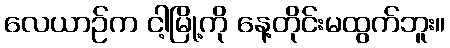
လေယာဉ်က ငါ့မြို့ကို နေ့တိုင်းမထွက်ဘူး။